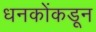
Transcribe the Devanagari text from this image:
धनकोंकडून